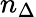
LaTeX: n_{\Delta}